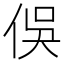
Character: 俁